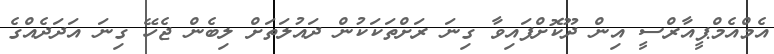
އެމްއެމްޕީއާރްސީ އިން ދޫކޮށްފައިވާ ގިނަ ރަށްތަކަކުން ދައުލަތަށް ލިބެން ޖެހޭ ގިނަ އަދަދެއްގެ